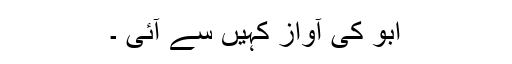
ابو کی آواز کہیں سے آئی ۔